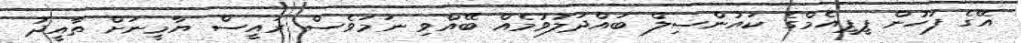
އޭގެ ފަހުން ޕީޕީއެމްގެ ކައުންސިލް ބައްދަލުވުމެއް ބޭއްވި ނަމަވެސް ރައީސް ޔާމީނަށް ތާއީދު